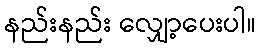
နည်းနည်း လျှော့ပေးပါ။